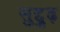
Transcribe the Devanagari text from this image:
सुद्दुृढ़